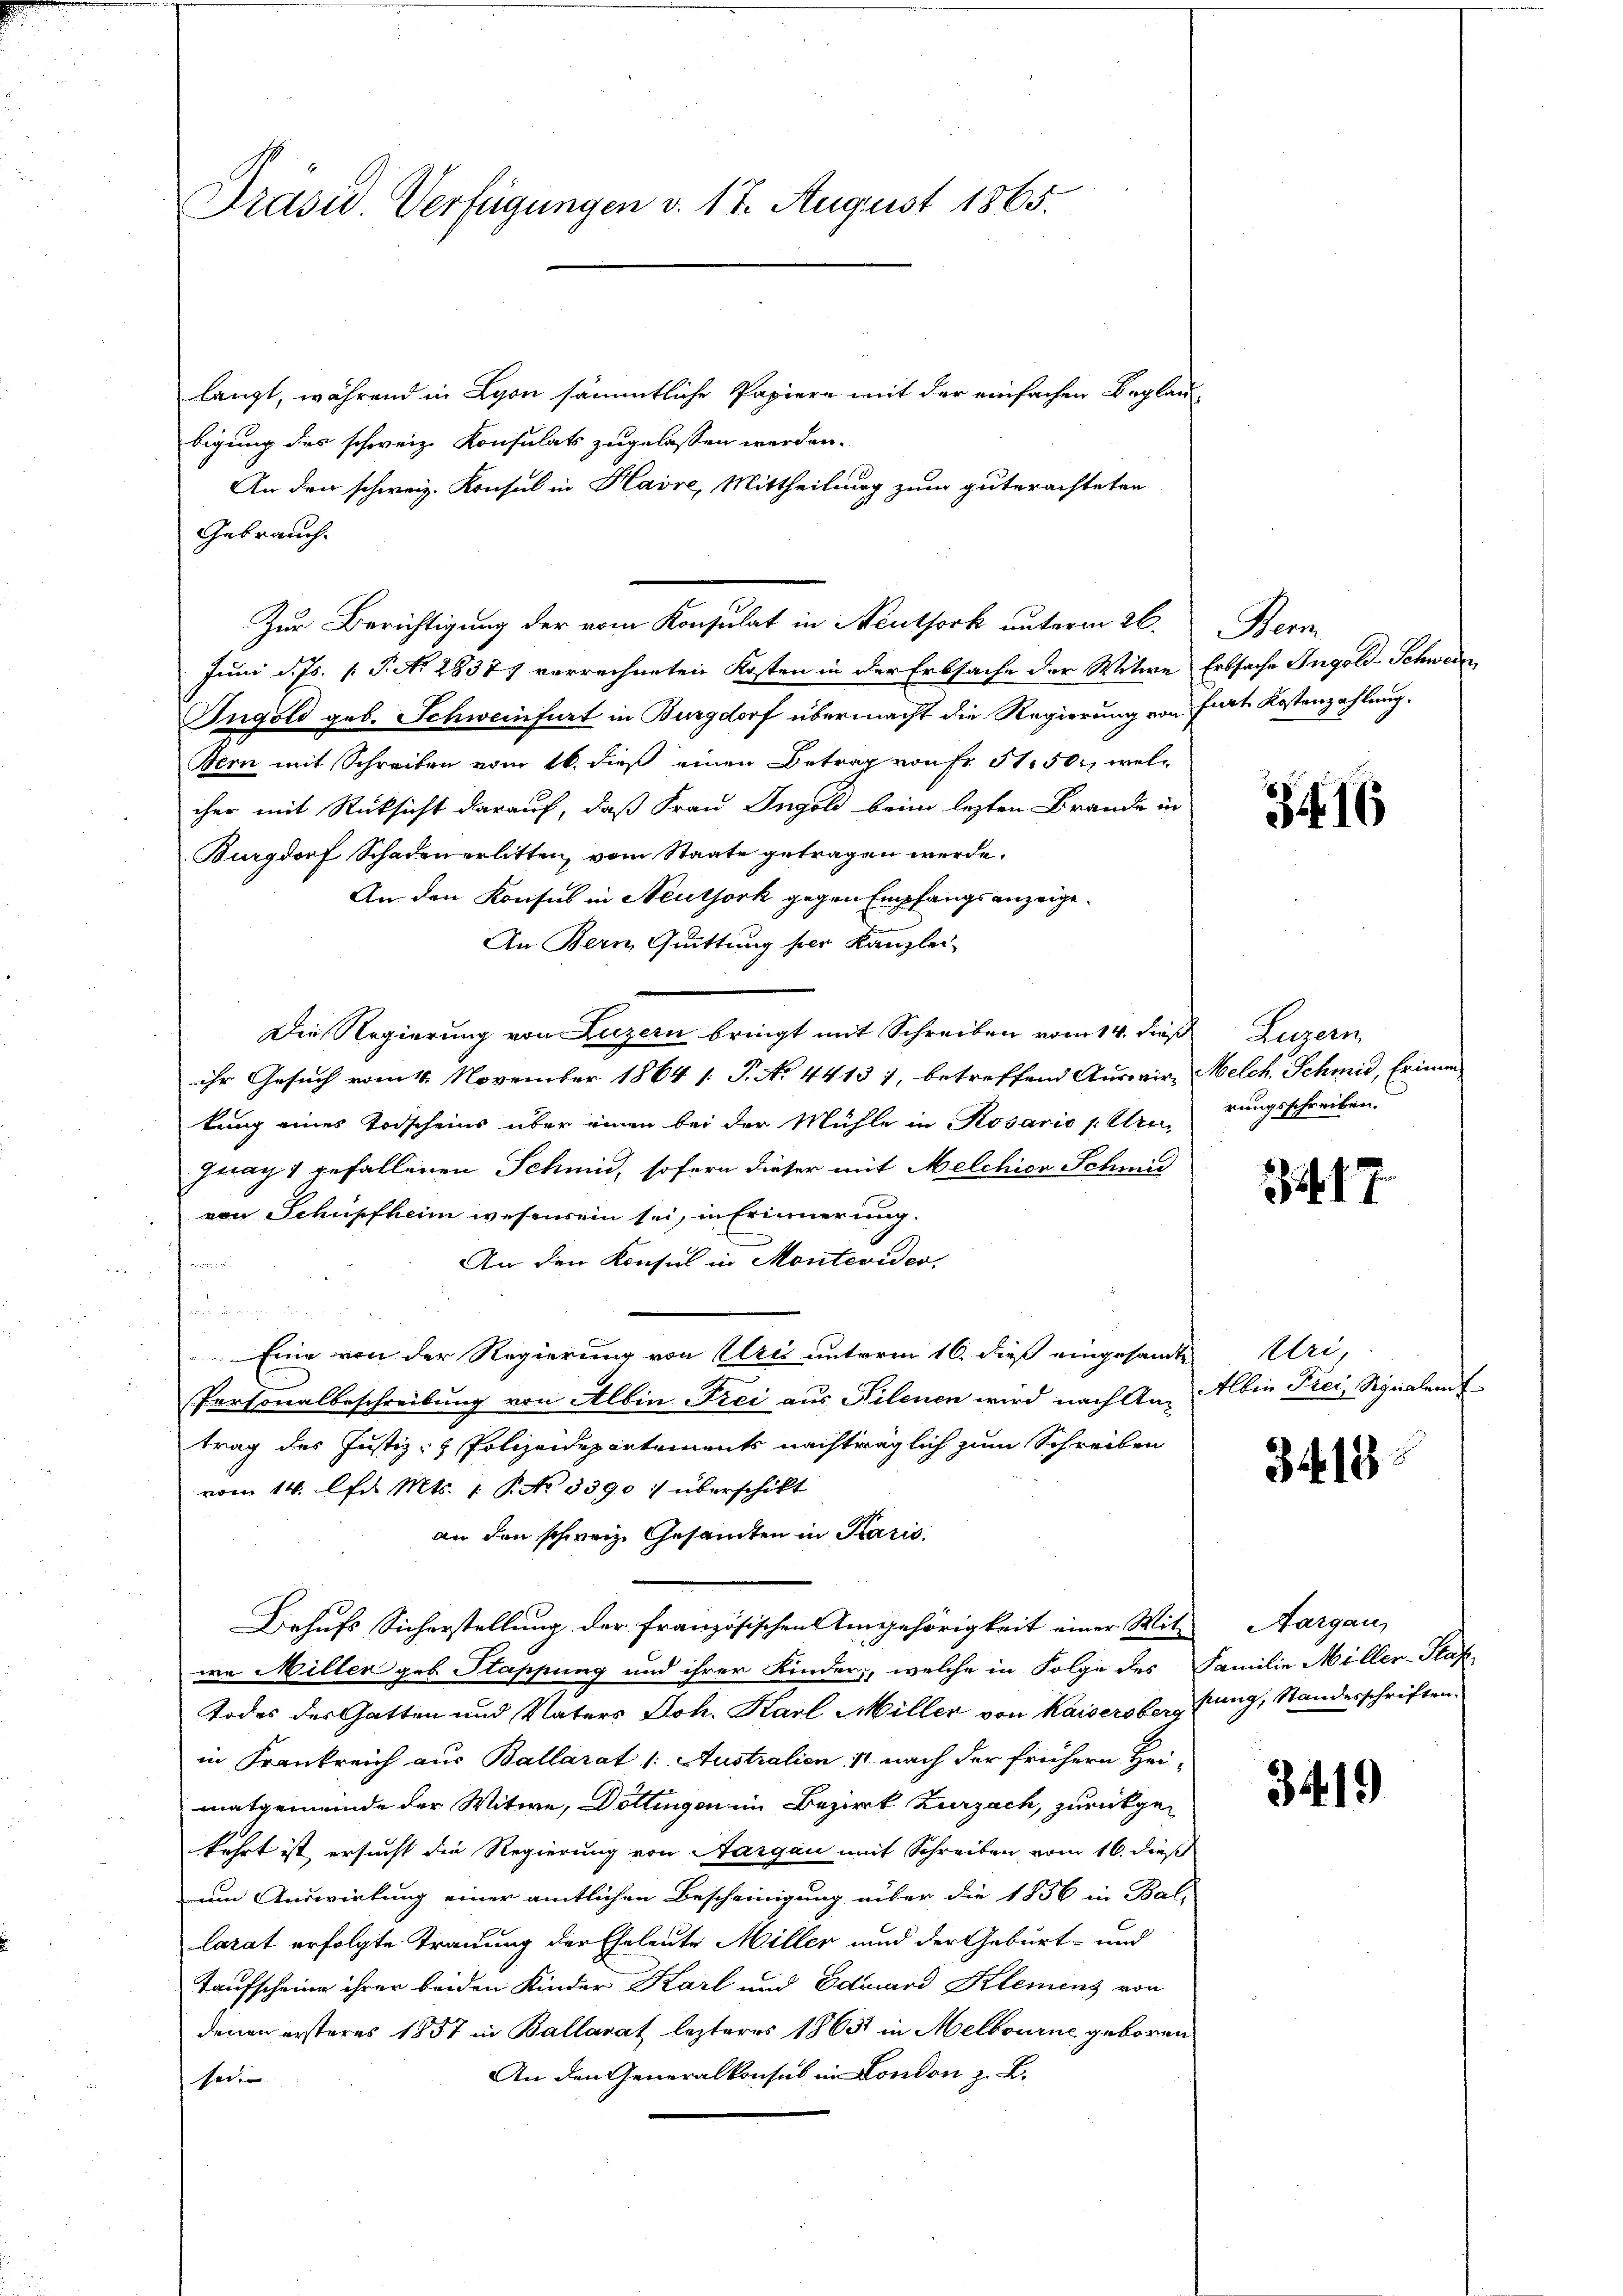
Präsid. Verfügungen v. 17. August 1865.

langt, während in Lyon sämmtliche Papiere mit der einfachen Beglaubigung des schweiz. Konsulats zugelassen werden.
An den schweiz. Konsul in Havre, Mittheilung zum guterachteten
Gebrauch
Zur Berichtigung der vom Konsulat in Neuthork unterm 26.
Juni d. Js. [ P. No 28377 verrechneten Kosten in der Erbsache der Witwe Erbsache Ingold-Schwere
Ingold geb. Schweinfurt in Burgdorf übermacht die Regierung von fort Kostenzahlung.
Bern mit Schreiben vom 16. dieß einen Betrag von Fr. 51. 50, welc
cher mit Rücksicht darauf, daß Frau Ingold beim lezten Brande in
Burgdorf Schaden erlitten, vom Staate getragen werde.
An den Konsus in Neutjork gegen Empfangsanzeige.
An Bern, Quittung her Kanzlei-
Die Regierung von Luzern bringt mit Schreiben vom 14. dieß Luzern
ihr Gesuch vom 4. November 1864 /: P. No. 4413 1, betreffend Auswir- Melch. Schmid, Erinnen
tung eines Todscheins über einen bei der Mühle in Kosario pre-
Jnay 1 gefallenen Schmid, sofern dieser mit Melchior Schmid
von Schüpfheim wesensein sei, in Erinnerung.
An den Konsul in Montevider,

u der
Eine von der Regierung von Uri unterm 16. dieß eingesamte
Personalbeschreibung von Albin Frei aus Nilenen wird nach An-
trag des Justiz- & Polizeidepartements nachträglich zum Schreiben
vom 14. Apr. Mts. 1. P. No 3390: überschikt
an den schweiz. Gesandten in Karis.
Behufs Sicherstellung der französischen Angehörigkeit einer Mit-
wa Miller geb. Stappung und ihrer Kinder, welche in Folge des Familie Miller-Staf
Todes des Gatten und Vaters Joh. Karl Miller von Kaisersberg fung, Standerschriften.
in Frankreich aus Ballarat 1. Australien 11 nach der frühern Hei-
matgemeinde der Witwe, Döttingen im Bezirk Zurzach, zurückgekehrt ist ersucht die Regierung von Aargau mit Schreiben vom 16. dieß
um Auswirkung einer amtlichen Bescheinigung über die 1856 in Ballarat erfolgte Trauung der Eheleute Miller und der Geburt- und
Taufscheine ihrer beiden Kinder Karl und Eduard Klemens von
denen ersteres 1857 in Ballarat lezteres 1863 in Melbourne geboren
An den Generalkonsul in London z. B.
sei.

Bern

3416

rungsschreiben.

247.

Uri,
Albin Frei, Signalem f

3418

Aargau,

3419